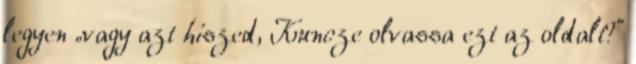
legyen „vagy azt hiszed, Kuncze olvassa ezt az oldalt?”